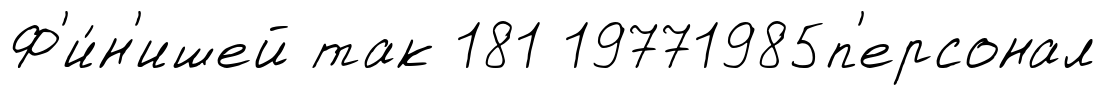
Ф'и́н'ишей так 181 19771985п'ерсонал